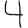
Digit: 4